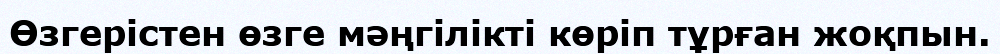
Өзгерістен өзге мәңгілікті көріп тұрған жоқпын.